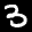
Label: 3